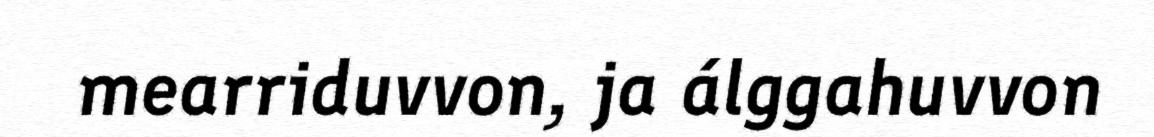
mearriduvvon, ja álggahuvvon